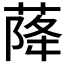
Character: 𱽿